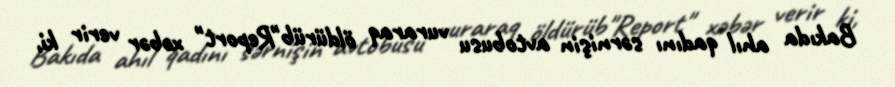
Bakıda ahıl qadını sərnişin avtobusu vuraraq öldürüb"Report" xəbər verir ki,